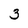
Character: 3